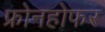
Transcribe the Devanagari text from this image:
फ्रोनहोफर